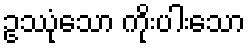
ဥဿုံသော ကိုးပါးသော